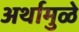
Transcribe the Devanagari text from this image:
अर्थामुळे